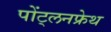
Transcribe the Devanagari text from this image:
पोंट्लनफ्रेथ